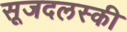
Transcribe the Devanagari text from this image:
सूजदलस्की